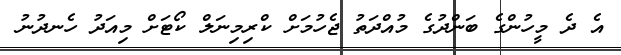
އެ ދެ މީހުންގެ ބަންދުގެ މުއްދަތު ޖެހުމަށް ކްރިމިނަލް ކޯޓަަށް މިއަދު ހެނދުނު